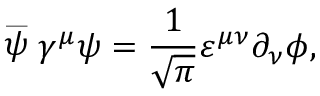
\stackrel { \_ } { \psi } \gamma ^ { \mu } \psi = \frac { 1 } { \sqrt { \pi } } \varepsilon ^ { \mu \nu } \partial _ { \nu } \phi ,